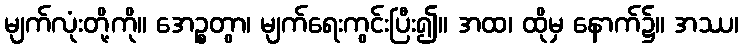
မျက်လုံးတို့ကို။ အေဉ္စတွာ၊ မျက်ရေးကွင်းပြီး၍။ အထ၊ ထိုမှ နောက်၌။ အဿ၊